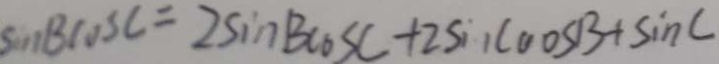
\sin B \cos C = 2 \sin B \cos C + 2 \sin C \cos B + \sin C